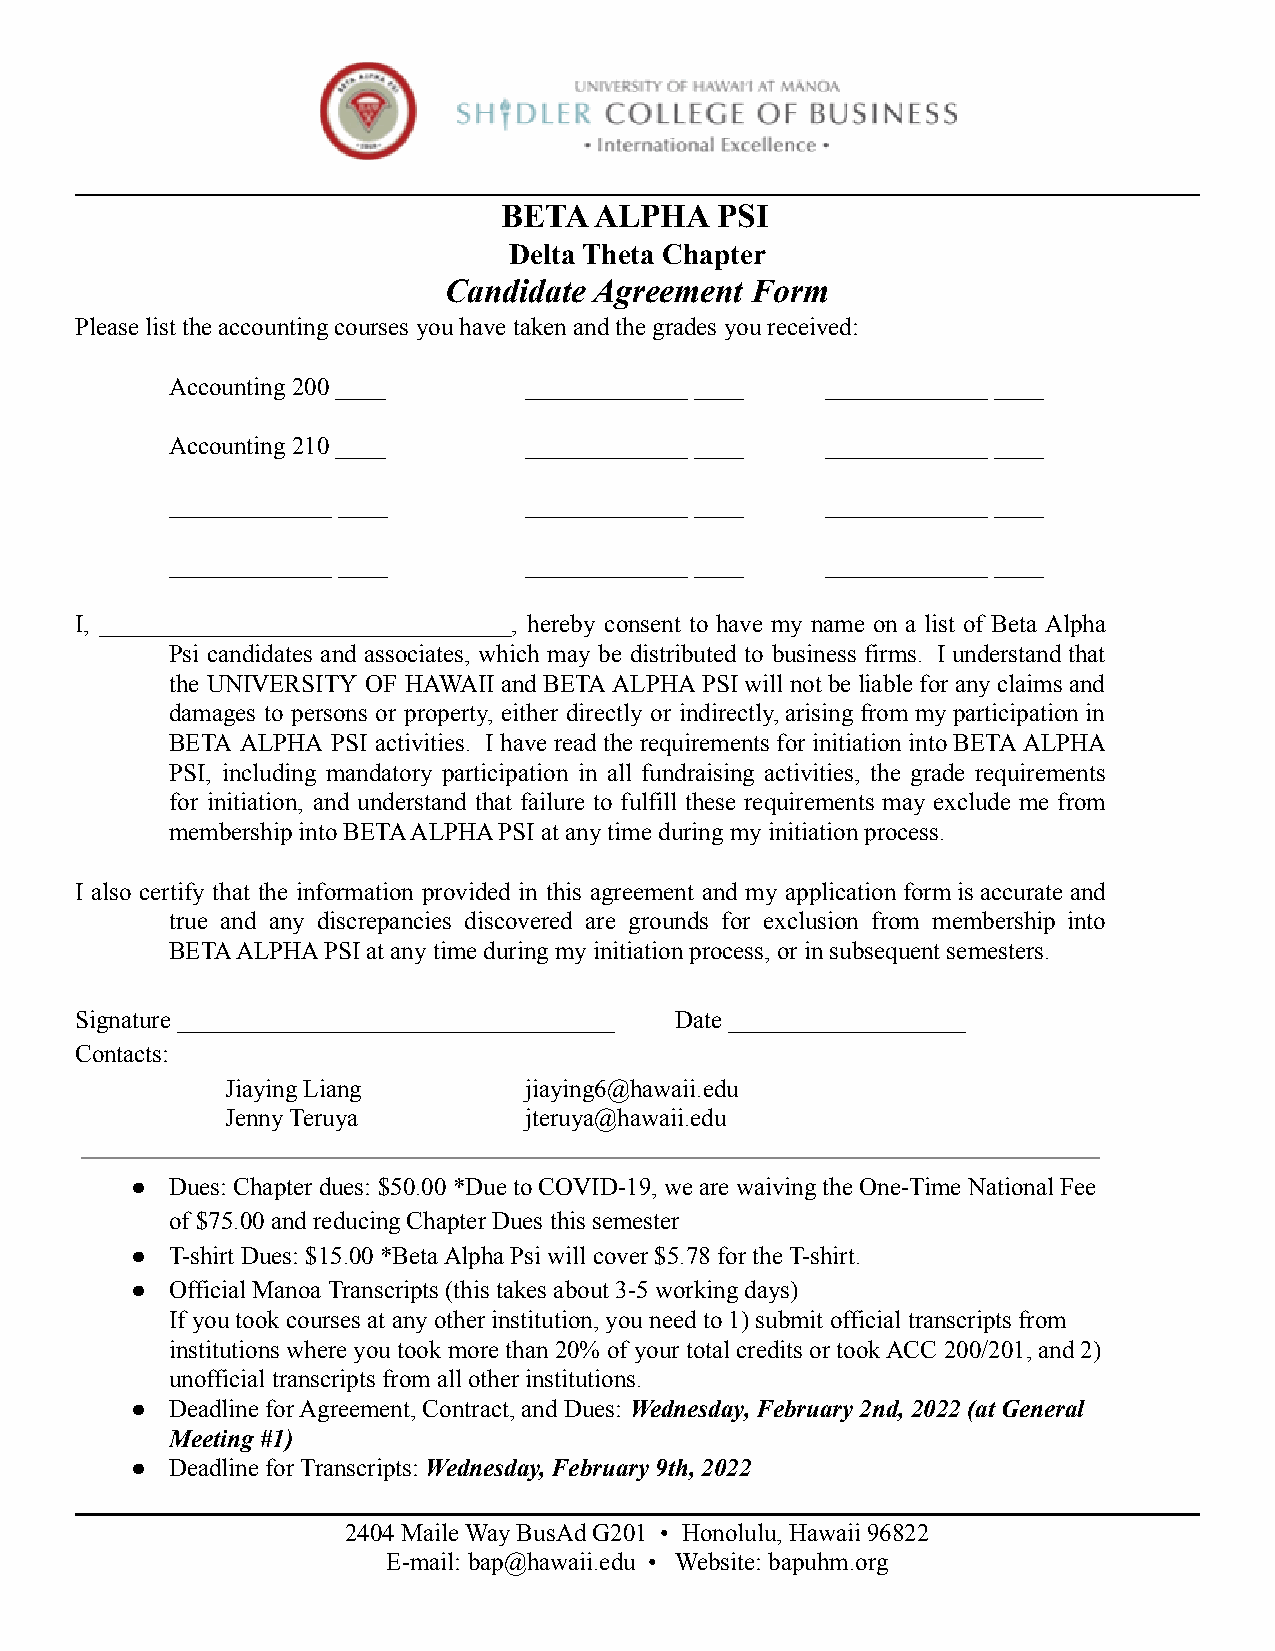
BETA  ALPHA   PSI
 Delta Theta Chapter
 Candidate Agreement  Form
 Please list the accounting courses you have taken and the grades you received:
 Accounting 200 ____     _____________ ____  _____________ ____
 Accounting 210 ____     _____________ ____  _____________ ____
 _____________ ____      _____________ ____  _____________ ____
 _____________ ____      _____________ ____  _____________ ____
 I, _________________________________, hereby consent to have my name on a list of Beta Alpha
 Psi candidates and associates, which may be distributed to business firms. Iunderstand that
 the UNIVERSITY OF HAWAII andBETA ALPHAPSI will notbeliable for anyclaimsand
 damages to persons or property, either directly or indirectly, arising frommyparticipation in
 BETA ALPHA PSI activities. Ihave readtherequirements for initiation intoBETA ALPHA
 PSI, including mandatory participation in all fundraising activities, the grade requirements
 for initiation, and understand that failure to fulfill these requirements may exclude me from
 membership into BETA ALPHA PSI at any time during my initiation process.
 I also certify that the information provided in this agreement and my application formis accurateand
 true and any discrepancies discovered are grounds for exclusion from membership into
 BETA ALPHA PSI at any time during my initiation process, or in subsequent semesters.
 Signature ___________________________________ Date ___________________
 Contacts:
 Jiaying Liang       jiaying6@hawaii.edu
 Jenny Teruya        jteruya@hawaii.edu
 ● Dues: Chapter dues: $50.00 *Due to COVID-19, we are waiving the One-Time National Fee
 of $75.00 and reducing Chapter Dues this semester
 ● T-shirt Dues: $15.00 *Beta Alpha Psi will cover $5.78 for the T-shirt.
 ● Official Manoa Transcripts (this takes about 3-5 working days)
 If you took courses at any other institution, youneed to 1) submit official transcripts from
 institutions where you took more than 20% of your total credits or took ACC 200/201, and 2)
 unofficial transcripts from all other institutions.
 ● Deadline for Agreement, Contract, and Dues: Wednesday,February 2nd, 2022 (at General
 Meeting #1)
 ● Deadline for Transcripts: Wednesday, February 9th,2022
 2404 Maile Way BusAd G201 • Honolulu, Hawaii 96822
 E-mail: bap@hawaii.edu • Website: bapuhm.org